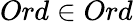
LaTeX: Ord\in Ord